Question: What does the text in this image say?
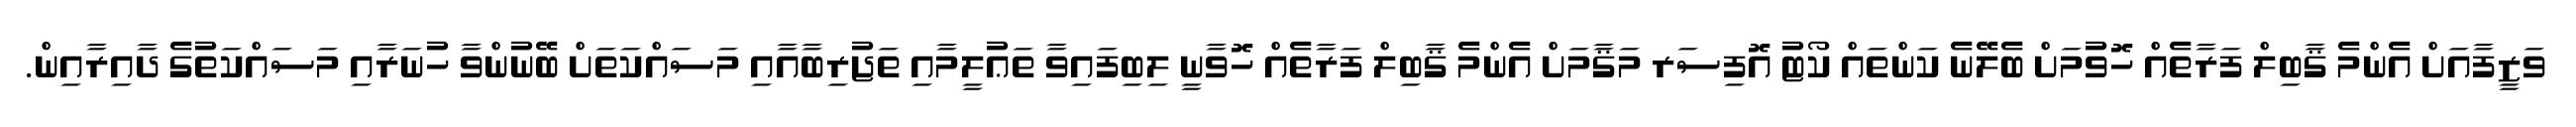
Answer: ވަޒީފާއަށް އެންމެ ޤާބިލް ފަރާތެއް ހޮވުމަށް ބެލޭނެ ކަންތައް ކޯޓު އޮފިސަރ މަޤާމަށް އެންމެ ޤާބިލް ފަރާތެއް ހޮވާނީ ލިބިފައިވާ ތަޢުލީމާއި ތަޖުރިބާއާއި މަސައްކަތަށް ބޭނުންވާ ހުނަރާއި މަސައްކަތުގެ ދާއިރާއިން.